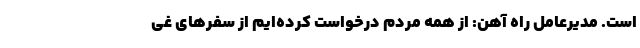
است. مدیرعامل راه‌ آهن: از همه مردم درخواست کرده‌ایم از سفرهای غی